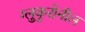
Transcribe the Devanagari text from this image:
ग्लुकुरोनील